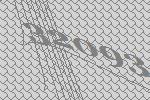
32093